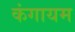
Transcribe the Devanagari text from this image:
कंगायम